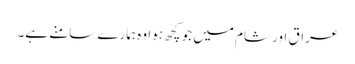
عراق اور شام میں جو کچھ ہوا وہ ہمارے سامنے ہے۔